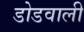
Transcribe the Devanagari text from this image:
डोडवाली